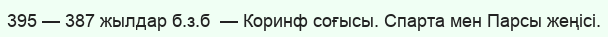
395 — 387 жылдар б.з.б  — Коринф соғысы. Спарта мен Парсы жеңісі.